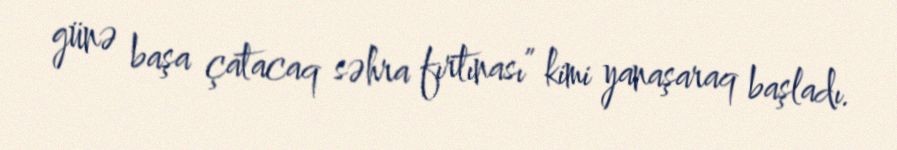
günə başa çatacaq səhra fırtınası” kimi yanaşaraq başladı.